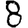
Digit: 8